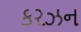
કરઝન